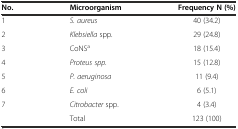
<table><thead><tr><td><b>No.</b></td><td><b>Microorganism</b></td><td><b>Frequency N (%)</b></td></tr></thead><tbody><tr><td>1</td><td><i>S. aureus</i></td><td>40 (34.2)</td></tr><tr><td>2</td><td><i>Klebsiella</i> spp.</td><td>29 (24.8)</td></tr><tr><td>3</td><td>CoNS<sup>a</sup></td><td>18 (15.4)</td></tr><tr><td>4</td><td><i>Proteus spp.</i></td><td>15 (12.8)</td></tr><tr><td>5</td><td><i>P. aeruginosa</i></td><td>11 (9.4)</td></tr><tr><td>6</td><td><i>E. coli</i></td><td>6 (5.1)</td></tr><tr><td>7</td><td><i>Citrobacter</i> spp.</td><td>4 (3.4)</td></tr><tr><td>[EMPTY_CELL]</td><td>Total</td><td>123 (100)</td></tr></tbody></table>